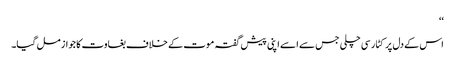
‘‘
اس کے دل پر کٹار سی چلی جس سے ا سے اپنی پیش گفتہ موت کے خلاف بغاوت کا جواز مل گیا۔